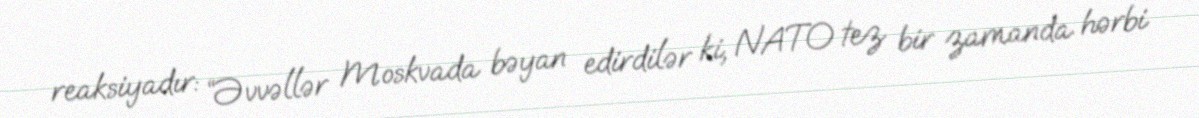
reaksiyadır: “Əvvəllər Moskvada bəyan edirdilər ki, NATO tez bir zamanda hərbi